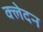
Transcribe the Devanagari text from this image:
क्‍लेदन